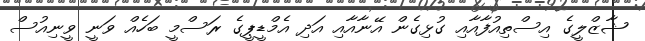
ޝާޒްލީގެ އިސްތިއުފާއާއި ގުޅިގެން އޭނާއާއި އަދި އެމްޑީޕީގެ ރަސްމީ ބަހެެއް ވަނީ ވީނިއުސް